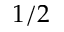
1 / 2